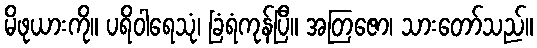
မိဖုယားကို။ ပရိဝါရေသုံ၊ ခြံရံကုန်ပြီ။ အတြဇော၊ သားတော်သည်။